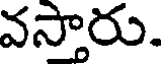
వస్తారు.